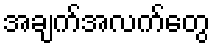
အချက်အလက်တွေ